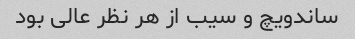
ساندویچ و سیب از هر نظر عالی بود